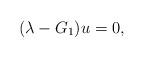
LaTeX: \begin{align*} (\lambda - G_1)u = 0, \end{align*}